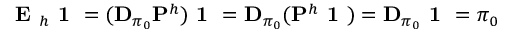
\textbf { E } _ { h } \textbf { 1 } = ( \mathbf { D } _ { \pi _ { 0 } } \mathbf { P } ^ { h } ) \textbf { 1 } = \mathbf { D } _ { \pi _ { 0 } } ( \mathbf { P } ^ { h } \textbf { 1 } ) = \mathbf { D } _ { \pi _ { 0 } } \textbf { 1 } = \pi _ { 0 }